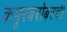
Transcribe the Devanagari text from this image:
कपूरबरोबरची